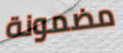
مضمونة